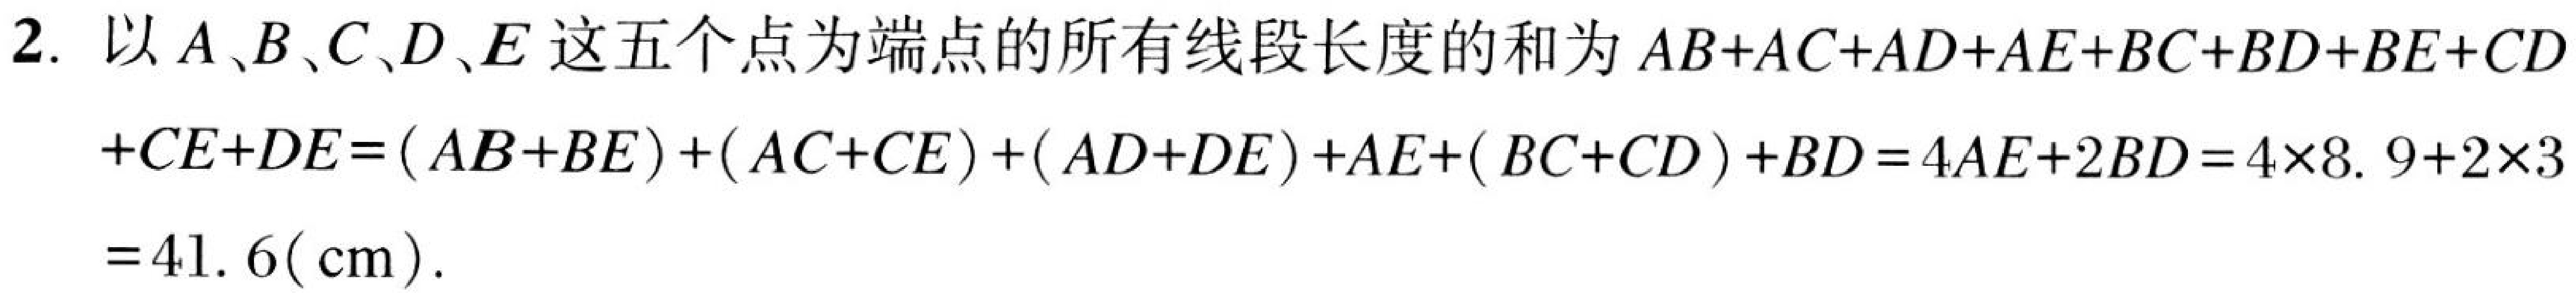
2. 以\(A、B、C、D、E\)这五个点为端点的所有线段长度的和为\(AB + AC + AD + AE + BC + BD + BE + CD\)
\(+CE + DE=(AB + BE)+(AC + CE)+(AD + DE)+AE+(BC + CD)+BD = 4AE+2BD=4\times8.9 + 2\times3\)
\(=41.6(\text{cm})\).